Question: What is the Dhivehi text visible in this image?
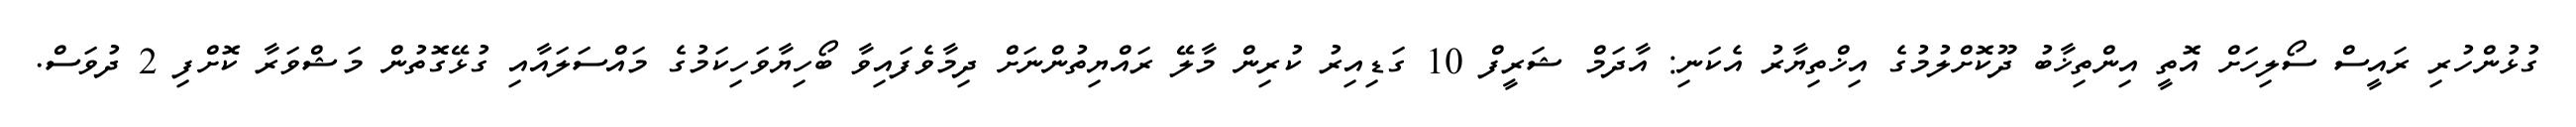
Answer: ގުޅުންހުރި ރައީސް ސޯލިހަށް އޮތީ އިންތިޚާބު ދޫކޮށްލުމުގެ އިޚްތިޔާރު އެކަނި: އާދަމް ޝަރީފް 10 ގަޑިއިރު ކުރިން މާލޭ ރައްޔިތުންނަށް ދިމާވެފައިވާ ބޯހިޔާވަހިކަމުގެ މައްސަލައާއި ގުޅޭގޮތުން މަޝްވަރާ ކޮށްފި 2 ދުވަސް.